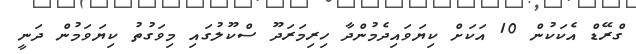
ގްރޭޑް އެކަކުން 10 އަކަށް ކިޔަވައިދެމުންދާ ހިރިމަރަދޫ ސްކޫލުގައި މިވަގުތު ކިޔަވަމުން ދަނީ